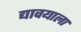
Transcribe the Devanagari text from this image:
द्यावयाला